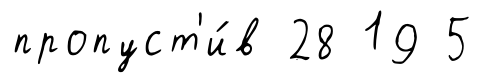
пропуст'и́в 28 19 5